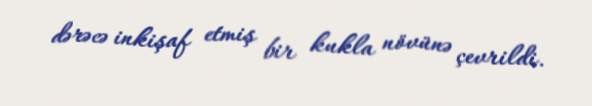
dərəcə inkişaf etmiş bir kukla növünə çevrildi.